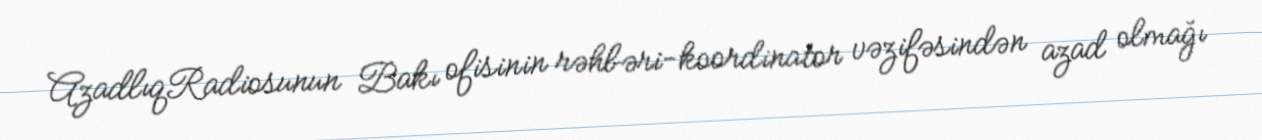
AzadlıqRadiosunun Bakı ofisinin rəhbəri-koordinator vəzifəsindən azad olmağı